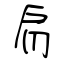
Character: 肩